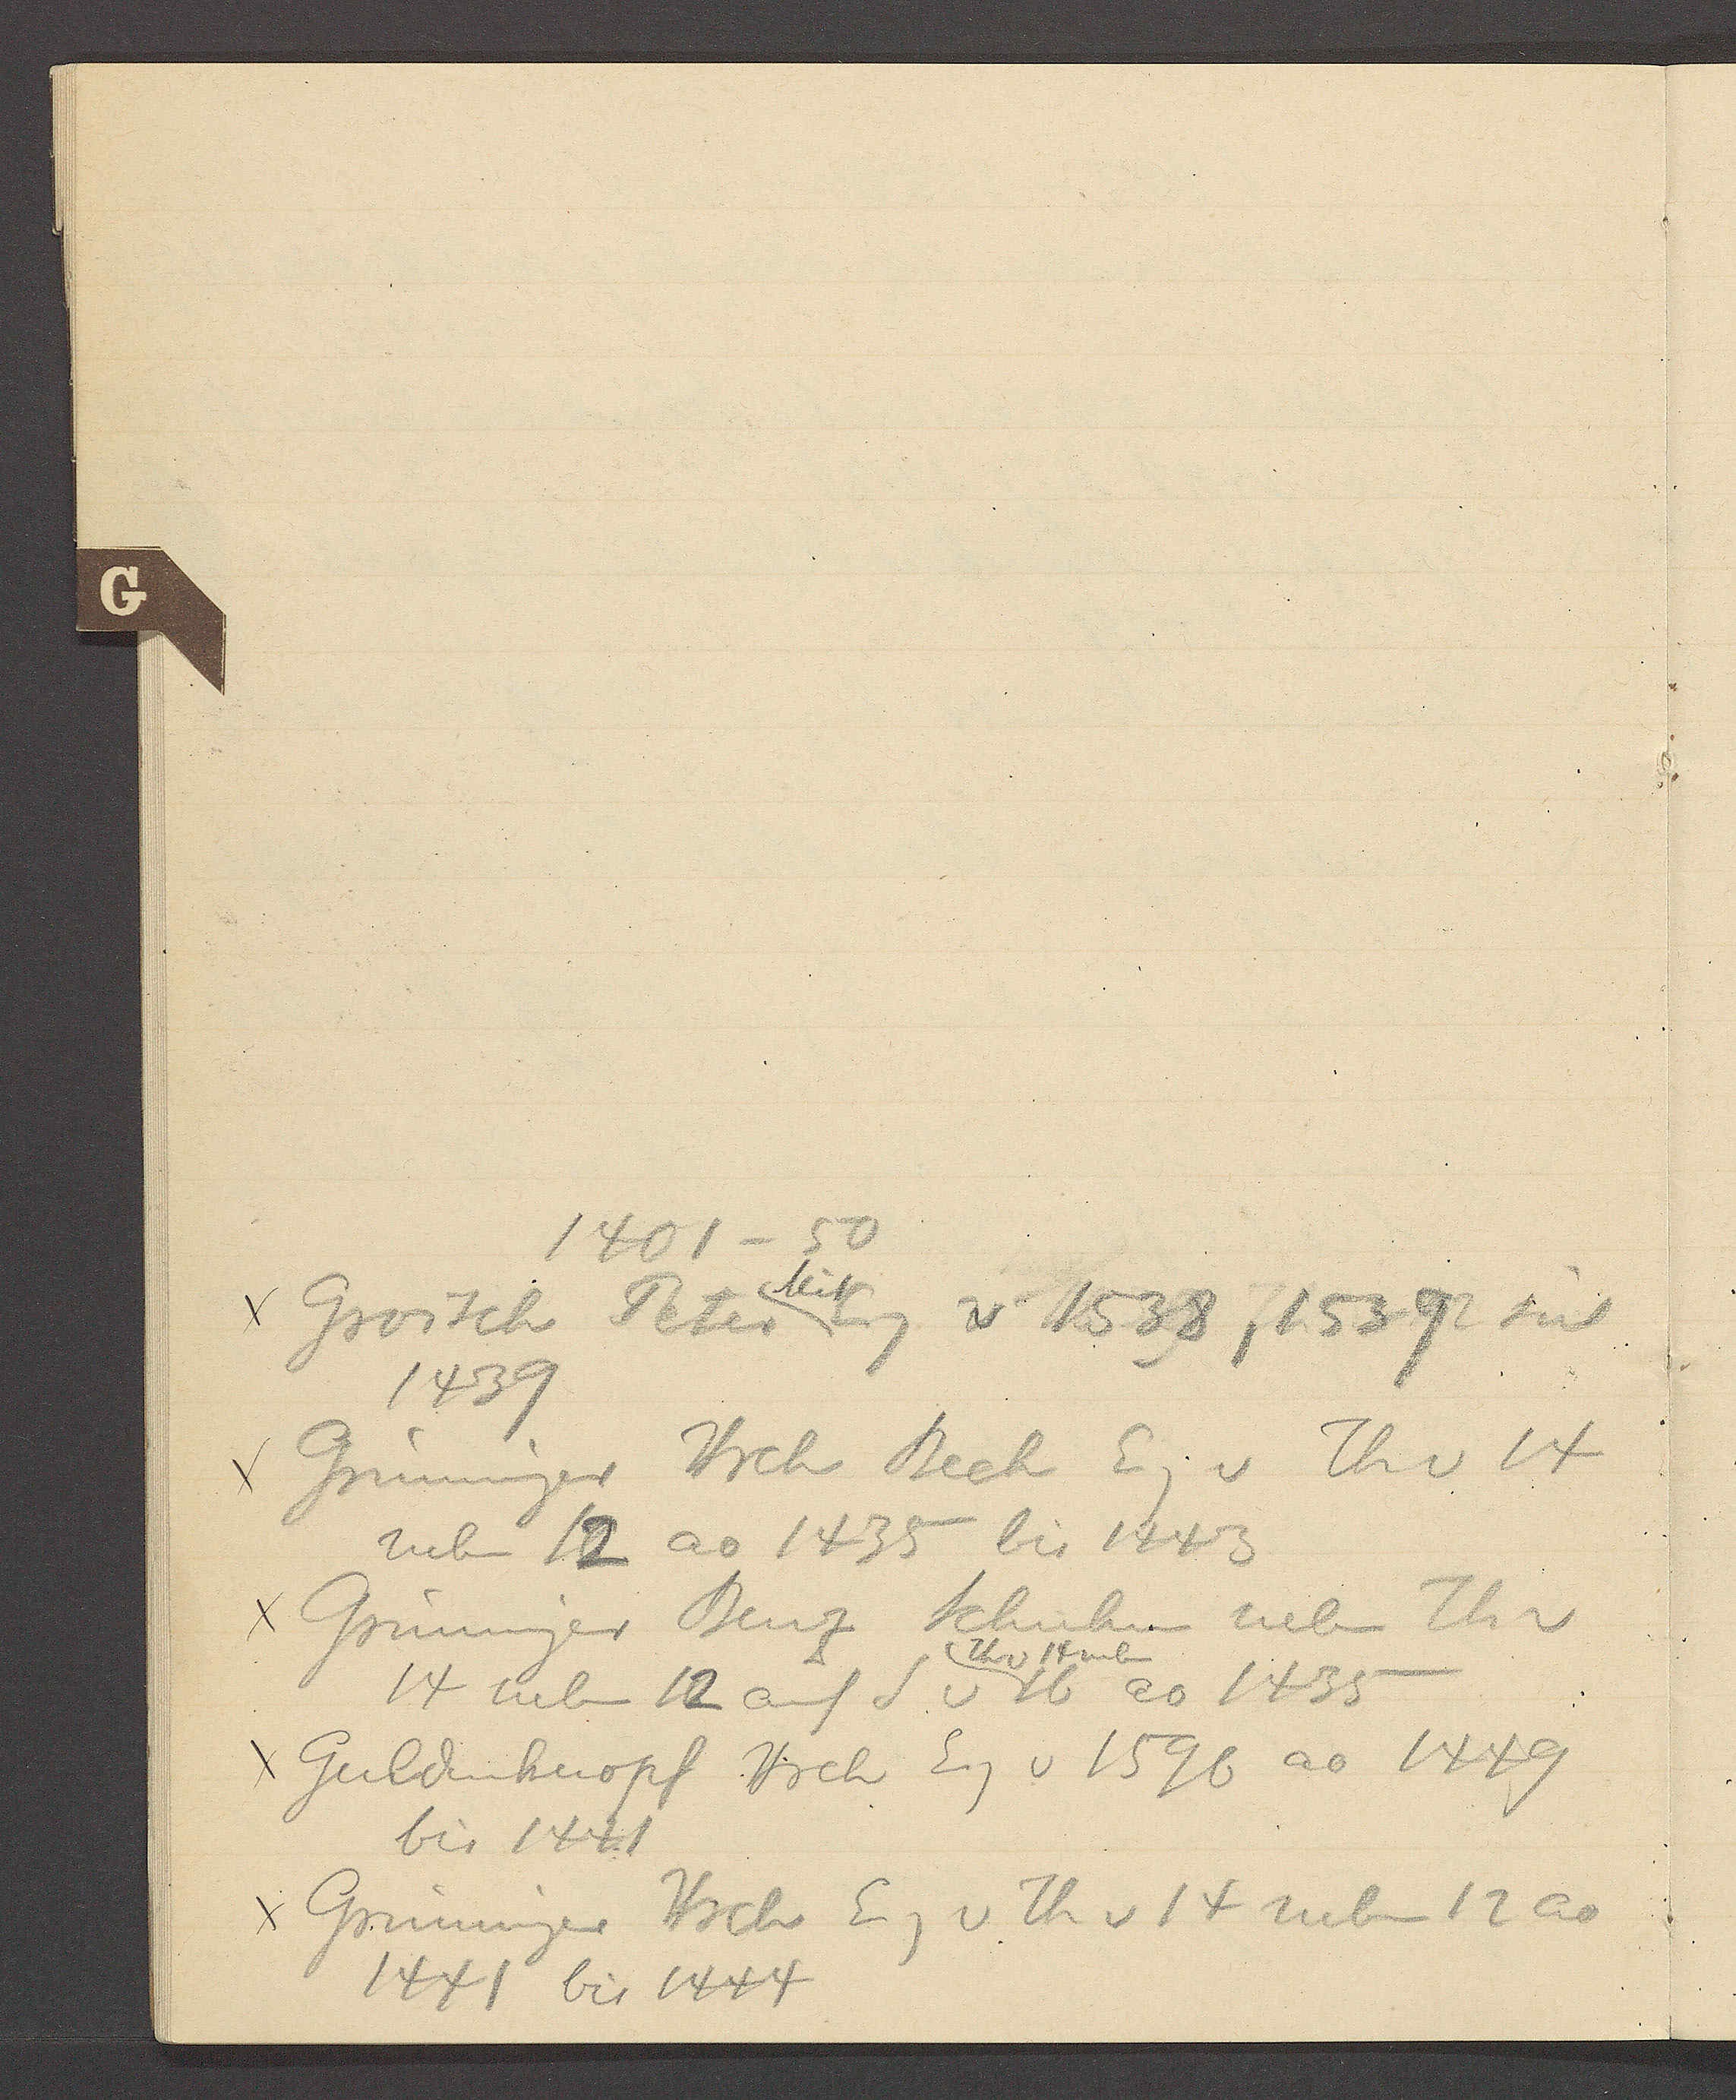
Transcript:
1401 – 50
Groisch Peter Eig v 1538, 1539 seit
seit
1439
Grüninger Hrch Beck Eig v Th v 14
neben 12 ao 1435 bis 1443
Grüningern Benz Schuhm neben Th v
Th v 14 neben
14 neben 12 auf S v 16 ao 1435
Guldinknopf Hrch Eig v 1596 ao 1449
bis 1441
Grüninger Hrch Eig v Th v 14 neben 12 ao
1441 bis 1444